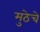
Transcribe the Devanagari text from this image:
मुठेचे